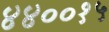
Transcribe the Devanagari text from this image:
४४००१५